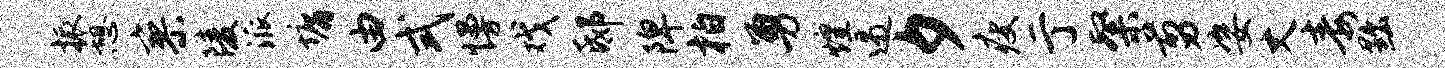
振憩寥陵派墉由式慢戏邸陴柏勇煌遏夕瘦亍粲剪姿丈毒黜